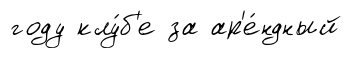
году клу́б'е за ар'е́ндный